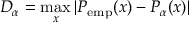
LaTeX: D _ { \alpha } = \operatorname* { m a x } _ { x } | P _ { \mathrm { e m p } } ( x ) - P _ { \alpha } ( x ) |